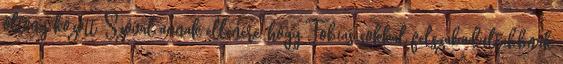
öltöny között. Szóval annak ellenére, hogy Tobias sokkal felszabadultabbnak